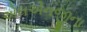
એલએનજીના